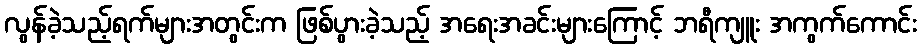
လွန်ခဲ့သည့်ရက်များအတွင်းက ဖြစ်ပွားခဲ့သည့် အရေးအခင်းများကြောင့် ဘရီကျူး အကွက်ကောင်း